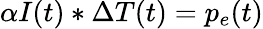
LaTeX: \alpha I(t)\ast\Delta T(t)=p_{e}(t)